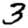
Digit: 3